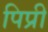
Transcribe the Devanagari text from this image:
पिप्री